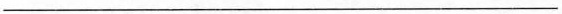
___